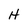
Character: H